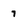
Character: 7